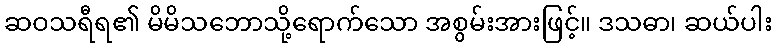
ဆဝသရီရ၏ မိမိသဘောသို့ရောက်သော အစွမ်းအားဖြင့်။ ဒသဓာ၊ ဆယ်ပါး